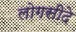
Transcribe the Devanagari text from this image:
लोगसीदे